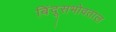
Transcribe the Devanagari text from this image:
बिंदूसभोवताल